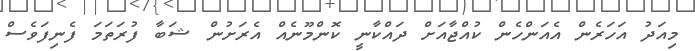
މިއަދު އަހަރެން އެއަންހެން ކުއްޖާއަށް ދައްކާނީ ކޮންމޫނެއް އެރަށުން ޝަބާ ފުރަތަމަ ފެނިފަވެސް